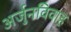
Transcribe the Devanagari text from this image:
अर्जुनविवाह